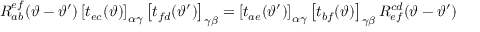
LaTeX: R _ { a b } ^ { e f } ( \vartheta - \vartheta ^ { \prime } ) \left[ t _ { e c } ( \vartheta ) \right] _ { \alpha \gamma } \left[ t _ { f d } ( \vartheta ^ { \prime } ) \right] _ { \gamma \beta } = \left[ t _ { a e } ( \vartheta ^ { \prime } ) \right] _ { \alpha \gamma } \left[ t _ { b f } ( \vartheta ) \right] _ { \gamma \beta } R _ { e f } ^ { c d } ( \vartheta - \vartheta ^ { \prime } )